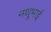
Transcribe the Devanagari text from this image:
नथूभाई